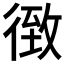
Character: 𰐴